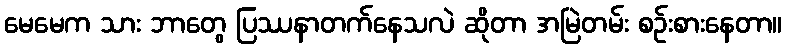
မေမေက သား ဘာတွေ ပြဿနာတက်နေသလဲ ဆိုတာ အမြဲတမ်း စဉ်းစားနေတာ။